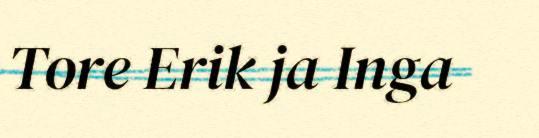
Tore Erik ja Inga